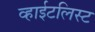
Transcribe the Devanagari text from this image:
व्हाईटलिस्ट